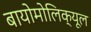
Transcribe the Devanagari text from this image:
बायोमोलिक्यूल